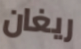
ريغان